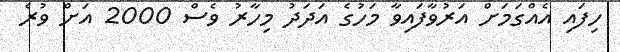
ހިފައި އެއްގަމަށް އަރުވާފައިވާ މަހުގެ އަދަދު މިހާރު ވެސް 2000 އަށް ވުރެ